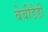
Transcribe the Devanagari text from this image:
बेबीडैडी